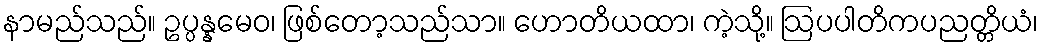
နာမည်သည်။ ဥပ္ပန္နမေဝ၊ ဖြစ်တော့သည်သာ။ ဟောတိယထာ၊ ကဲ့သို့။ ဩပပါတိကပညတ္တိယံ၊